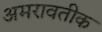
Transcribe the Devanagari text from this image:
अमरावतीक